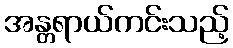
အန္တရာယ်ကင်းသည့်